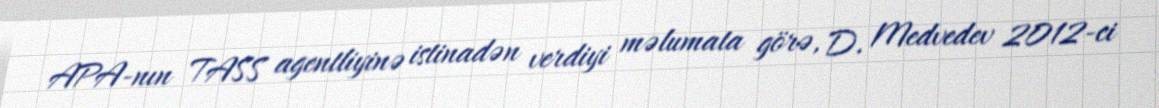
APA-nın TASS agentliyinə istinadən verdiyi məlumata görə, D. Medvedev 2012-ci